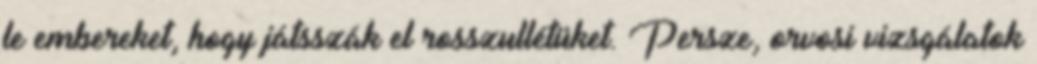
le embereket, hogy játsszák el rosszullétüket. Persze, orvosi vizsgálatok